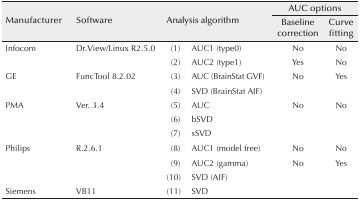
<table><thead><tr><td rowspan="3"><b>Manufacturer</b></td><td rowspan="3"><b>Software</b></td><td rowspan="3" colspan="2"><b>Analysis algorithm</b></td><td colspan="2"><b>AUC options</b></td></tr><tr><td><b>Baseline correction</b></td><td><b>Curve fitting</b></td></tr></thead><tbody><tr><td rowspan="2">Infocom</td><td rowspan="2">Dr.View/Linux R2.5.0</td><td>(1)</td><td>AUC1 (type 0)</td><td>No</td><td>No</td></tr><tr><td>(2)</td><td>AUC2 (type1)</td><td>Yes</td><td>No</td></tr><tr><td rowspan="2">GE</td><td rowspan="2">FuncTool 8.2.02</td><td>(3)</td><td>AUC (BrainStat GVF)</td><td>No</td><td>Yes</td></tr><tr><td>(4)</td><td>SVD (BrainStat AIF)</td><td></td><td></td></tr><tr><td rowspan="3">PMA</td><td rowspan="3">Ver. 3.4</td><td>(5)</td><td>AUC</td><td>No</td><td>No</td></tr><tr><td>(6)</td><td>bSVD</td><td></td><td></td></tr><tr><td>(7)</td><td>sSVD</td><td></td><td></td></tr><tr><td rowspan="3">Philips</td><td rowspan="3">R.2.6.1</td><td>(8)</td><td>AUC1 (model free)</td><td>No</td><td>No</td></tr><tr><td>(9)</td><td>AUC2 (gamma)</td><td>No</td><td>Yes</td></tr><tr><td>(10)</td><td>SVD (AIF)</td><td></td><td></td></tr><tr><td>Siemens</td><td>VB11</td><td>(11)</td><td>SVD</td><td></td><td></td></tr></tbody></table>